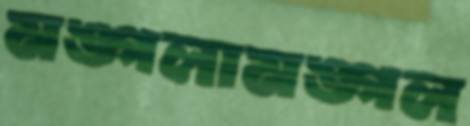
মঙ্গলামঙ্গল